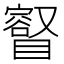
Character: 𥋩